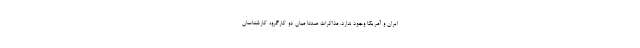
ایران و آمریکا وجود ندارد. مذاکرات عمدتا میان دو کارگروه کارشناسان